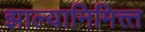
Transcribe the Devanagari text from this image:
झाल्यानिमित्त्त